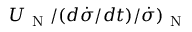
U _ { \mathrm { ~ N ~ } } / ( d \dot { \sigma } / d t ) / \dot { \sigma } ) _ { \mathrm { ~ N ~ } }